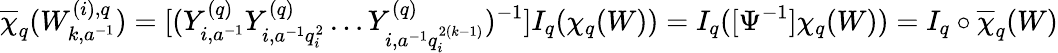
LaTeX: \overline{{\chi}}_{q}(W_{k,a^{-1}}^{(i),q})=[(Y_{i,a^{-1}}^{(q)}Y_{i,a^{-1}q_{i}^{2}}^{(q)}\dots Y_{i,a^{-1}q_{i}^{2(k-1)}}^{(q)})^{-1}]I_{q}(\chi_{q}(W))=I_{q}([\Psi^{-1}]\chi_{q}(W))=I_{q}\circ\overline{{\chi}}_{q}(W)